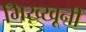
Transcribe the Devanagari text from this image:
भिख्खूनी